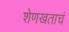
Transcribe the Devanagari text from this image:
शेणखताचं